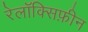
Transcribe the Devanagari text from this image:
रेलॉक्सिफ़ीन